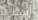
أفكارنا